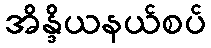
အိန္ဒိယနယ်စပ်